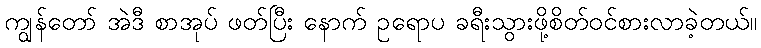
ကျွန်တော် အဲဒီ စာအုပ် ဖတ်ပြီး နောက် ဥရောပ ခရီးသွားဖို့စိတ်ဝင်စားလာခဲ့တယ်။